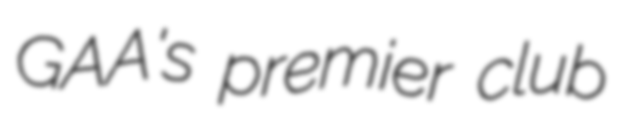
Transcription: GAA's premier club